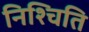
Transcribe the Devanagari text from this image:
निश्चिति